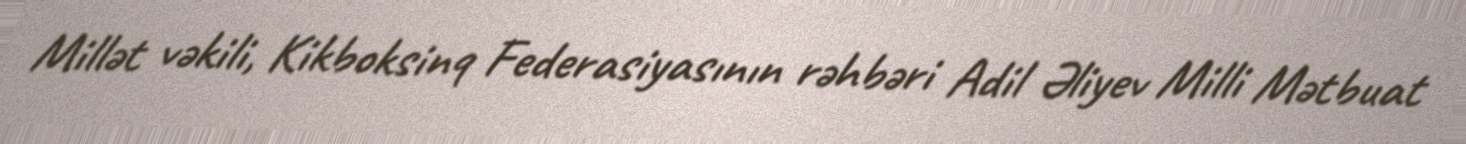
Millət vəkili, Kikboksinq Federasiyasının rəhbəri Adil Əliyev Milli Mətbuat